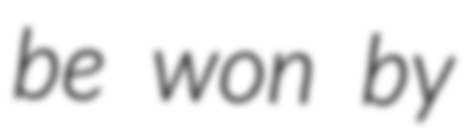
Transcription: be won by